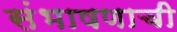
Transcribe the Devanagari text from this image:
संभाषणाची